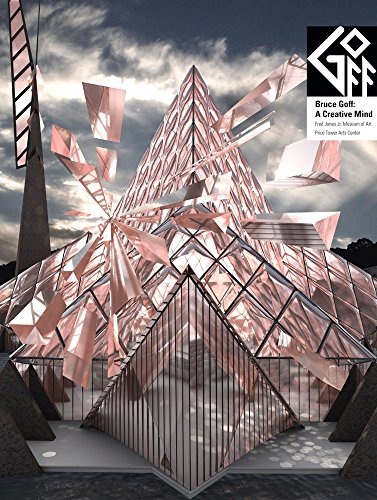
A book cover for Bruce Goff: A Creative Mind; Arts & Photography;